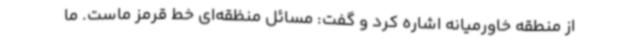
از منطقه خاورمیانه اشاره کرد و گفت: مسائل منظقه‌ای خط قرمز ماست. ما